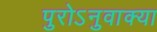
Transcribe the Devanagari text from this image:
पुरोऽनुवाक्या